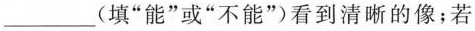
___(填”能”或”不能”)看到清晰的像；若